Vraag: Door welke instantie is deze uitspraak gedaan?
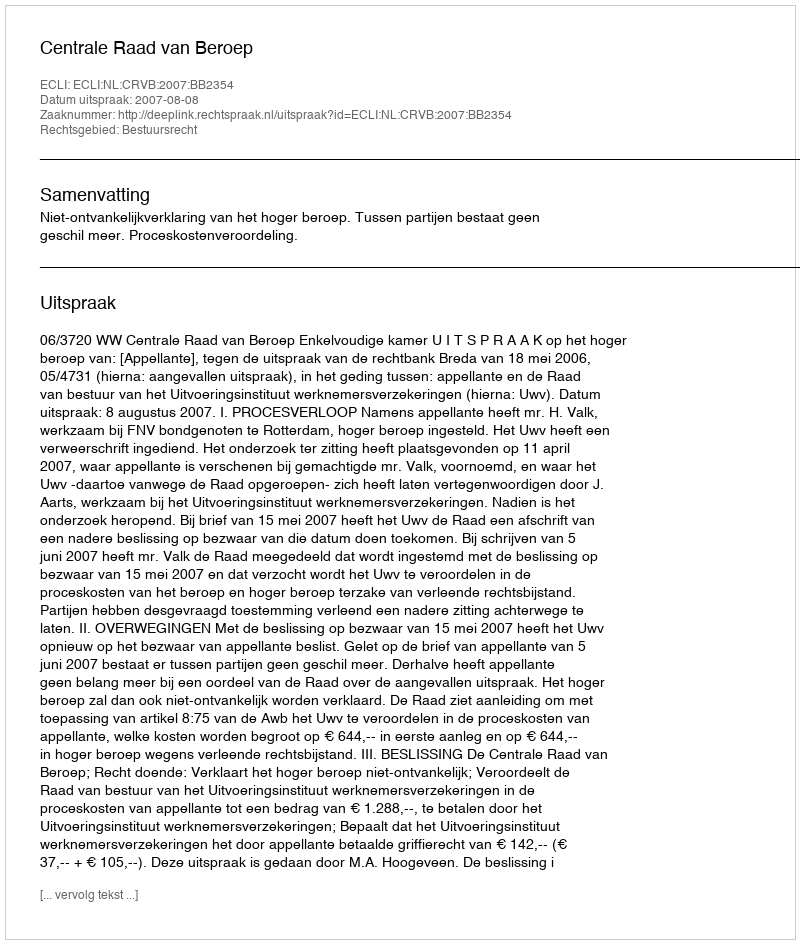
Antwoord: Centrale Raad van Beroep